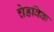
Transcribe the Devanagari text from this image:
चेडविक